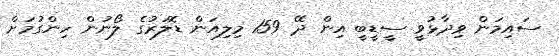
ސައިމަން ވިދާޅުވީ ސީޑީބީ އިން ދޭ 159 މިލިއަން ޑޮލަރުގެ ލޯނުން ހިންގުމަށް